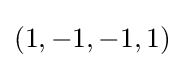
(1,-1,-1,1)